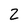
Character: 2